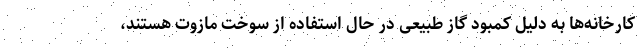
کارخانه‌ها به دلیل کمبود گاز طبیعی در حال استفاده از سوخت مازوت هستند،